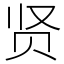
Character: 贤